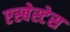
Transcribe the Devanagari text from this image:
एस्बेस्टेस